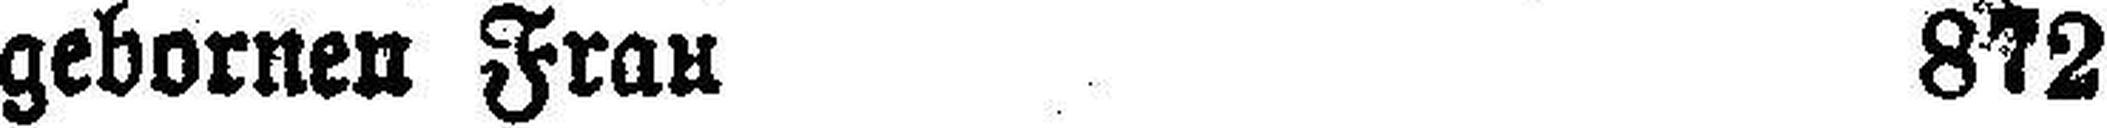
gebornen Frau 872